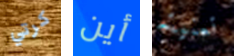
كرتي أين تمنيته